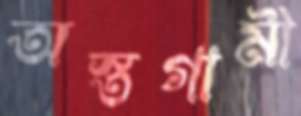
অস্তগামী